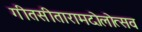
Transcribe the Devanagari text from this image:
गीतसीतारामदोलोत्सव